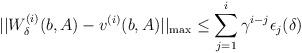
LaTeX: \begin{align*}||W^{(i)}_{\delta}(b,A)-v^{(i)}(b,A)||_{\max} \leq \sum_{j=1}^i \gamma^{i-j}\epsilon_j(\delta)\end{align*}